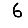
Digit: 6